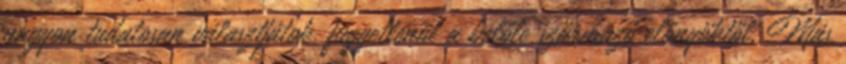
nagyon tudatosan választjátok, függetlenül a belőle származó előnyöktől. Más